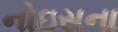
નોઇસના